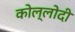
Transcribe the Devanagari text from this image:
कोल्लोदी